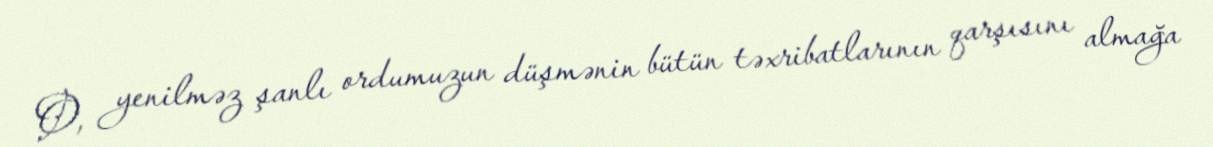
O, yenilməz şanlı ordumuzun düşmənin bütün təxribatlarının qarşısını almağa